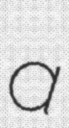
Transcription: a